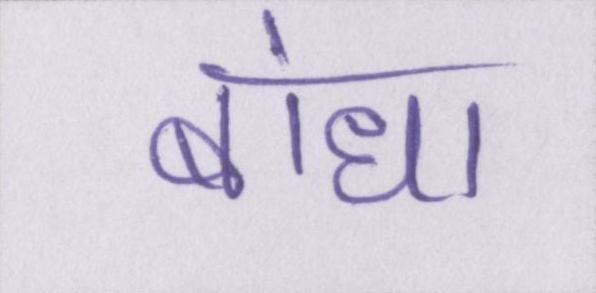
बांधा